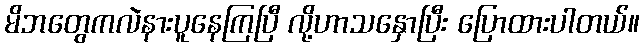
မိဘတွေကလဲနားပူနေကြပြီ လို့ဟာသနှောပြီး ပြောထားပါတယ်။